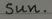
sun.